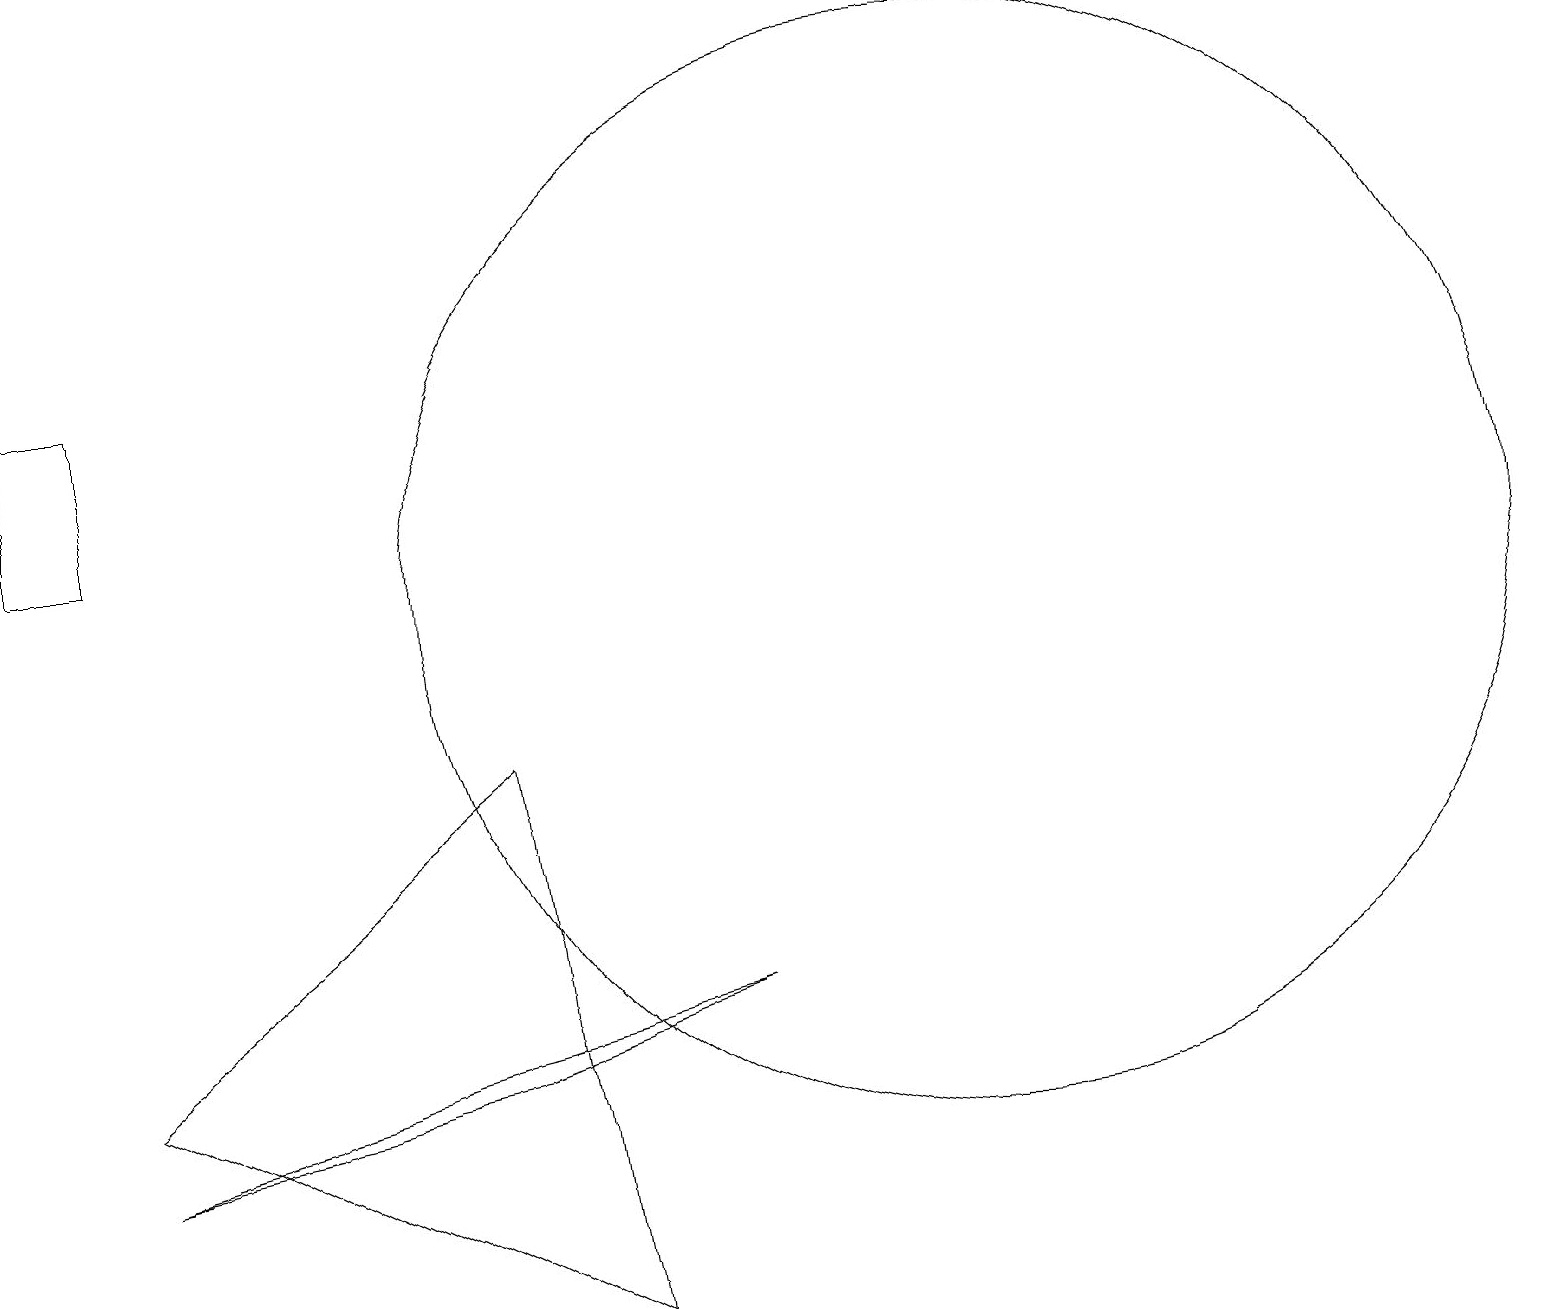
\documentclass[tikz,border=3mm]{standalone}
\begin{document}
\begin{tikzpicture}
\draw (12,10) circle (7);
\draw (0,13) rectangle (1,11);
\draw (6,8) -- (1,4) -- (7,1) -- cycle;
\draw (9,5) -- (1,3) -- (6,4) -- cycle;
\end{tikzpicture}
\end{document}